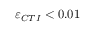
\varepsilon _ { C T I } < 0 . 0 1